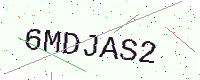
Text: 6MDJAS2